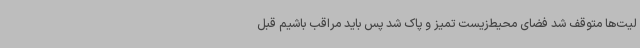
لیت‌ها متوقف شد فضای محیط‌زیست تمیز و پاک شد پس باید مراقب باشیم قبل